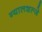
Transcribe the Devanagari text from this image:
ग्यालशल्जे